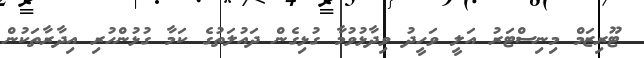
ޓޫރިޒަމް މިނިސްޓަރު އަލީ ވަހީދު ވިދާޅުވުމާ ގުޅިގެން ދައުލަތުގެ ކަމާ ގުޅުންހުރި އިދާރާތަކުން